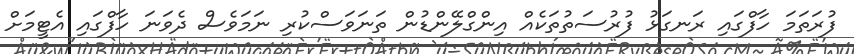
ފުރަތަމަ ހާފްގައި ރަނގަޅު ފުރުސަތުތަކެއް އިންގްލޭންޑުން ތަނަވަސްކުރި ނަމަވެސް ދެވަނަ ހާފްގައި އެޓީމަށް